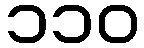
၁၁၀